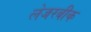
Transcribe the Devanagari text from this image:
लेजरबीक